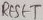
Text: RESET